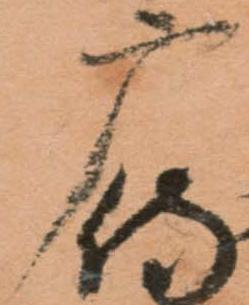
广